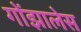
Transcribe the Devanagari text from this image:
गोंझालेस